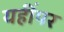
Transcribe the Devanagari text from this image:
यहींपर